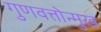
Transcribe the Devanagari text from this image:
गुणवत्तोन्मुख